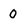
Character: 0